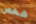
شخص